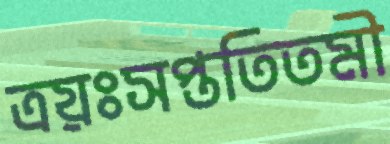
ত্রয়ঃসপ্ততিতমী